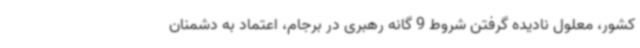
کشور، معلول نادیده گرفتن شروط 9 گانه رهبری در برجام، اعتماد به دشمنان